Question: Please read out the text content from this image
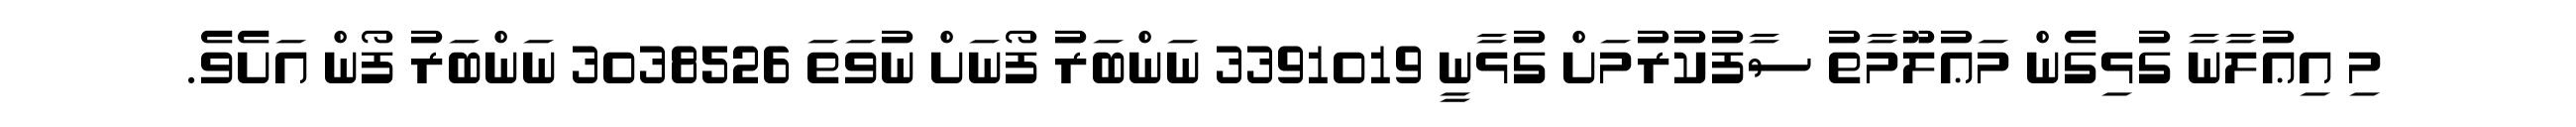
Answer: މި އިޢުލާނާ ގުޅިގެން މަޢުލޫމާތު ސާފުކުރުމަށް ގުޅާނީ 3391019 ނަންބަރު ފޯނަށް ނުވަތަ 3038526 ނަންބަރު ފޯން އަށެވެ.